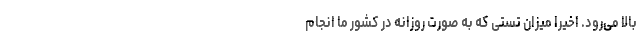
بالا می‌رود. اخیرا میزان تستی که به صورت روزانه در کشور ما انجام